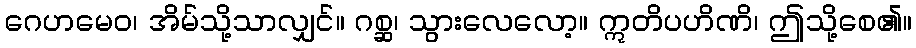
ဂေဟမေဝ၊ အိမ်သို့သာလျှင်။ ဂစ္ဆ၊ သွားလေလော့။ ဣတိပဟိဏိ၊ ဤသို့စေ၏။